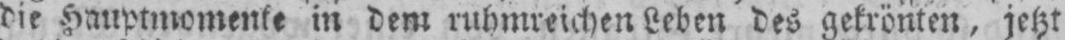
die Hauptmomente in dem ruhmreichen Leben des gekrönten, jetzt